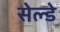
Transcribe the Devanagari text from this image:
सेल्डे